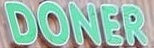
DONER